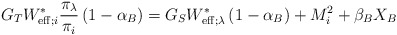
\begin{align*}G_TW_{{\rm eff};i}^\ast\frac{\pi_\lambda}{\pi_i} \left( 1-\alpha_B \right) = G_SW_{{\rm eff};\lambda}^\ast \left( 1-\alpha_B \right) + M_i^2 +\beta_B X_B\end{align*}